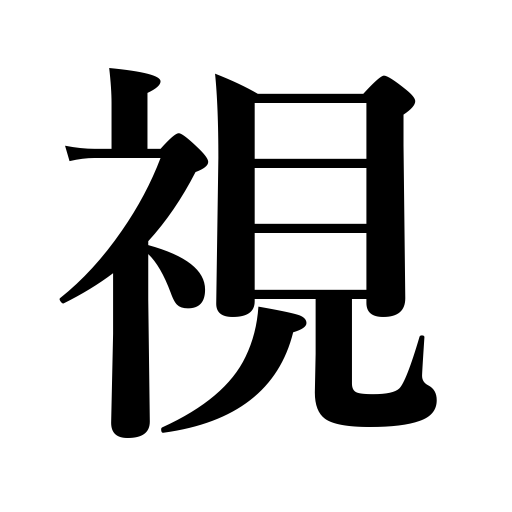
Meanings: regard as